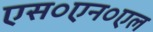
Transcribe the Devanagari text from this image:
एस०एन०एल